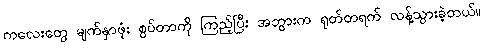
ကလေးတွေ မျက်နှာဖုံး စွပ်တာကို ကြည့်ပြီး အဘွားက ရုတ်တရက် လန့်သွားခဲ့တယ်။